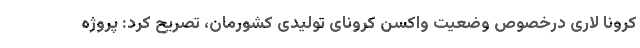
کرونا لاری درخصوص وضعیت واکسن کرونای تولیدی کشورمان، تصریح کرد: پروژه